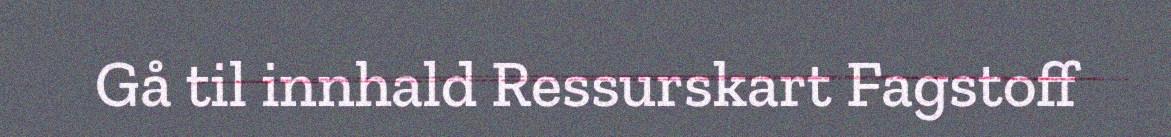
Gå til innhald Ressurskart Fagstoff